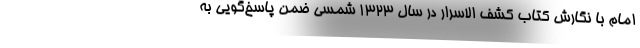
امام با نگارش کتاب کشف الاسرار در سال 1323 شمسی ضمن پاسخ‌گویی به